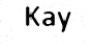
Kay